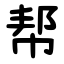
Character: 帮